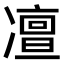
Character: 𠘐